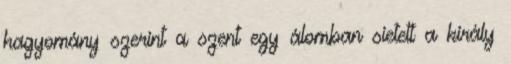
hagyomány szerint a szent egy álomban sietett a király